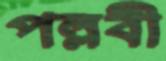
পল্লবী